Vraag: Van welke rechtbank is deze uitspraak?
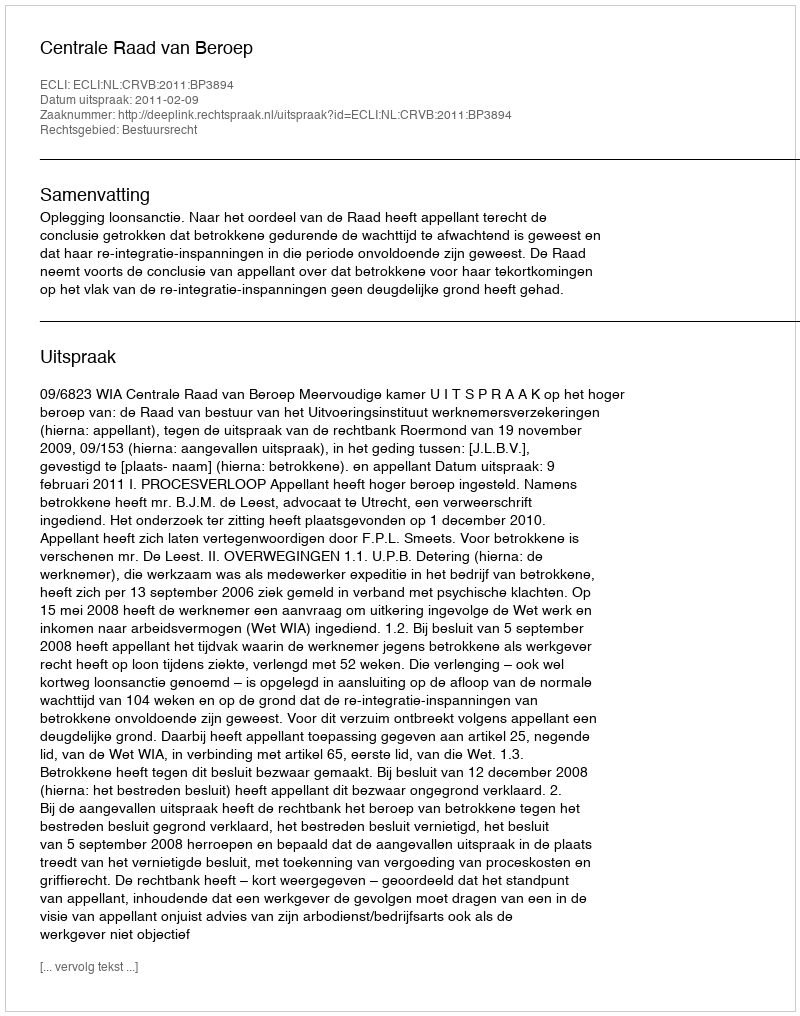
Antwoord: Centrale Raad van Beroep